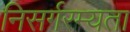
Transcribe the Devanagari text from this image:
निसर्गरम्यता